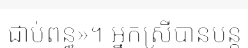
ជាប់ពន្ធ»។ អ្នកស្រីបានបន្ត